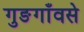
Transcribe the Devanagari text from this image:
गुङगाँवसे